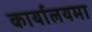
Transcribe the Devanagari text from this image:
कार्यालयमा